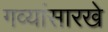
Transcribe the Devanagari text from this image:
गव्यांसारखे